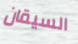
السيقان